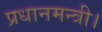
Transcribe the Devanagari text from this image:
प्रधानमन्त्री।